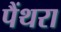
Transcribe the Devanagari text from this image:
पैंथरा